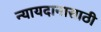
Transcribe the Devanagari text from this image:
न्यायदानासाठी